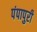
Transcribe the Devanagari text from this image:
पंपापुरी